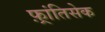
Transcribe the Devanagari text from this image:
फ़्रांतिसेक